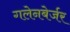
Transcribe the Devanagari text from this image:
गलेनबेर्जर